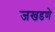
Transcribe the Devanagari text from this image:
जखडणे